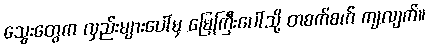
သွေးတွေက လှည်းများပေါ်မှ မြေကြီးပေါ်သို့ တစက်စက် ကျလျက်။